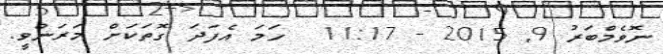
ނޮވެމްބަރު 9